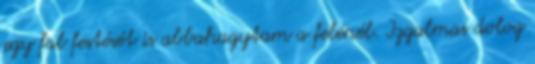
egy fal festését is abbahagytam a felénél. Izgalmas dolog